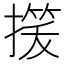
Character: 𢳓